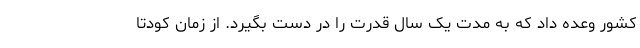
کشور وعده داد که به مدت یک سال قدرت را در دست بگیرد. از زمان کودتا